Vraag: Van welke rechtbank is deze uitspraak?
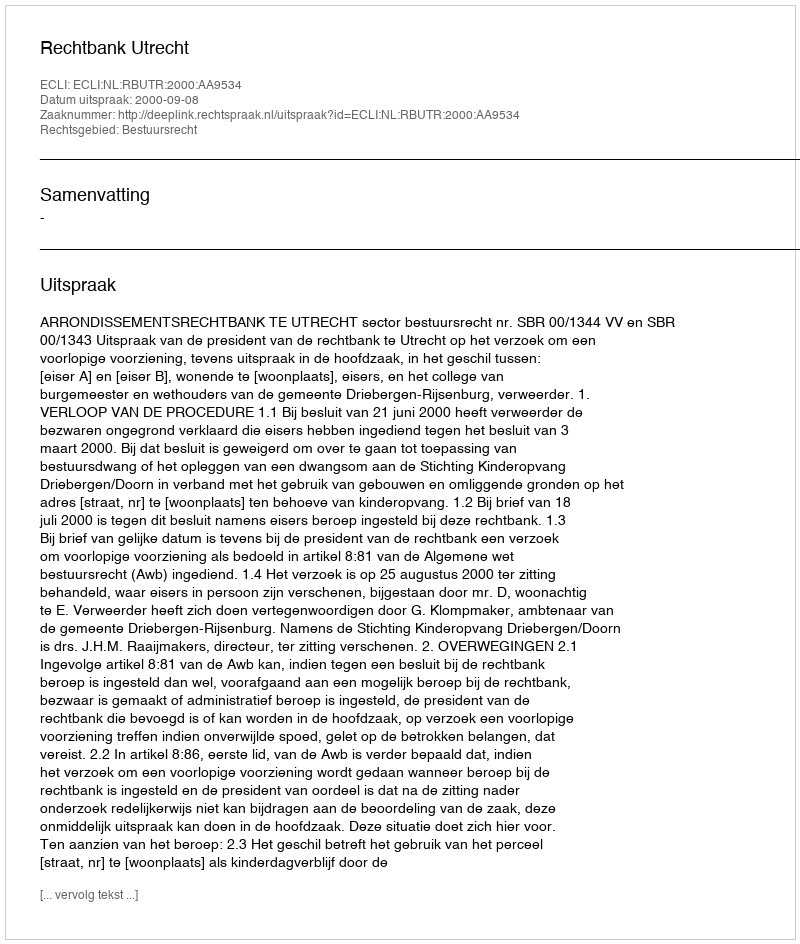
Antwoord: Rechtbank Utrecht